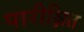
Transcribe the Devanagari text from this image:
पारीक्षित